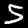
Digit: 5